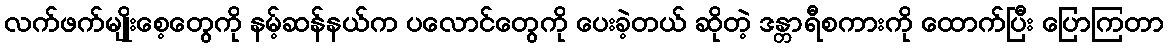
လက်ဖက်မျိုးစေ့တွေကို နမ့်ဆန်နယ်က ပလောင်တွေကို ပေးခဲ့တယ် ဆိုတဲ့ ဒန္တာရီစကားကို ထောက်ပြီး ပြောကြတာ